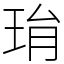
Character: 㻆